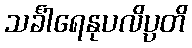
သင်္ခါရေနုပလိပ္ပတိ